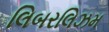
લિબરલિઝમ